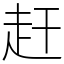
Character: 赶